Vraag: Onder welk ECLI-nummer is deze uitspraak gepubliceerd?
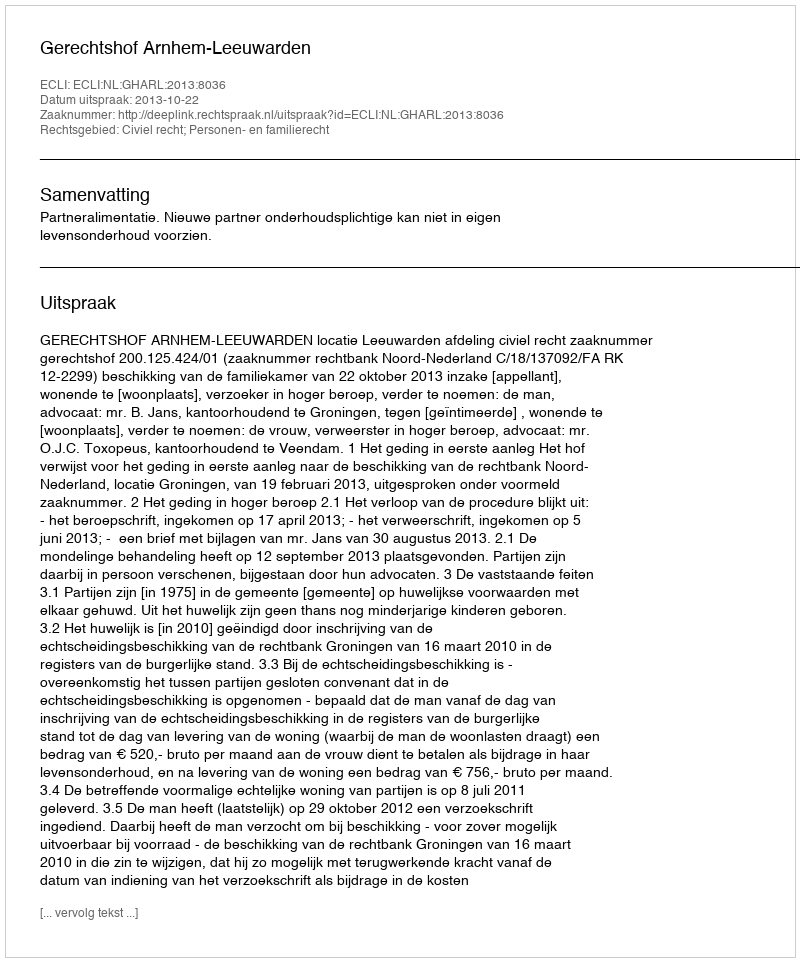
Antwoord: ECLI:NL:GHARL:2013:8036